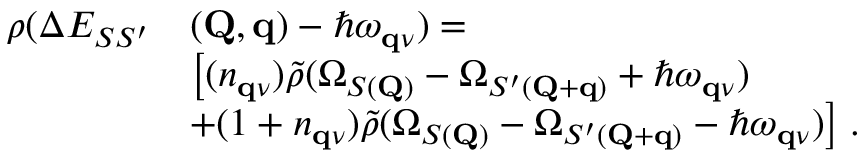
\begin{array} { r l } { \rho ( \Delta E _ { S S ^ { \prime } } } & { ( \mathbf { Q } , \mathbf { q } ) - \hbar \omega _ { \mathbf { q } \nu } ) = } \\ & { \big [ ( n _ { \mathbf { q } \nu } ) \Tilde { \rho } ( \Omega _ { S ( \mathbf { Q } ) } - \Omega _ { S ^ { \prime } ( \mathbf { Q } + \mathbf { q } ) } + \hbar \omega _ { \mathbf { q } \nu } ) } \\ & { + ( 1 + n _ { \mathbf { q } \nu } ) \Tilde { \rho } ( \Omega _ { S ( \mathbf { Q } ) } - \Omega _ { S ^ { \prime } ( \mathbf { Q } + \mathbf { q } ) } - \hbar \omega _ { \mathbf { q } \nu } ) \big ] \; . } \end{array}